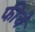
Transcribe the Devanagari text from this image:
फीचे